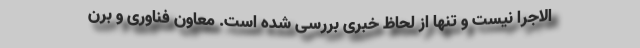
الاجرا نیست و تنها از لحاظ خبری بررسی شده است. معاون فناوری و برن